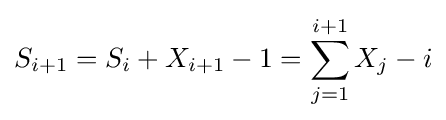
S_{i+1}=S_{i}+X_{i+1}-1=\sum _{j=1}^{i+1}X_{j}-i